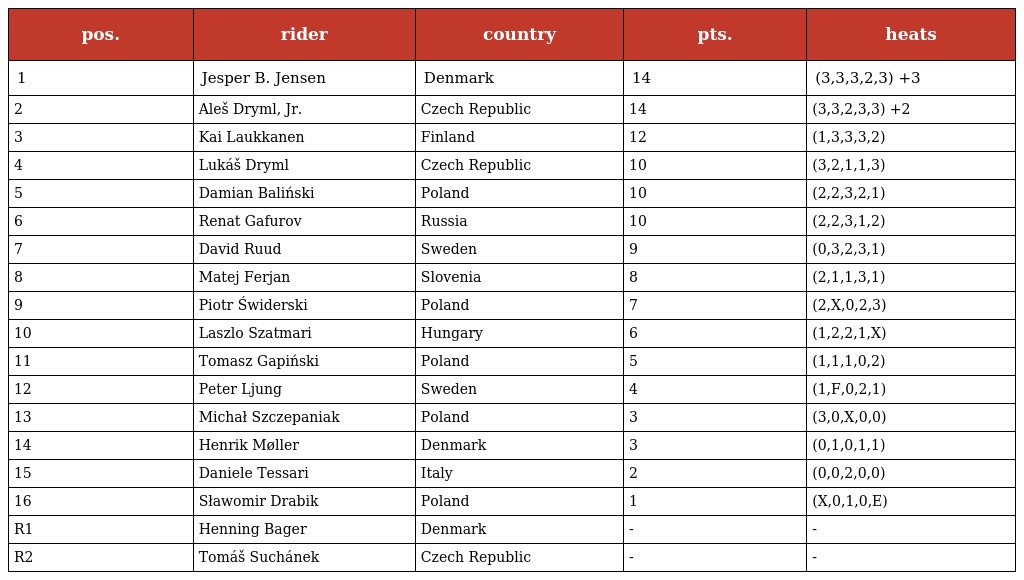
| pos. | rider | country | pts. | heats |
 | --- | --- | --- | --- | --- |
 | 1 | Jesper B. Jensen | Denmark | 14 | (3,3,3,2,3) +3 |
 | 2 | Aleš Dryml, Jr. | Czech Republic | 14 | (3,3,2,3,3) +2 |
 | 3 | Kai Laukkanen | Finland | 12 | (1,3,3,3,2) |
 | 4 | Lukáš Dryml | Czech Republic | 10 | (3,2,1,1,3) |
 | 5 | Damian Baliński | Poland | 10 | (2,2,3,2,1) |
 | 6 | Renat Gafurov | Russia | 10 | (2,2,3,1,2) |
 | 7 | David Ruud | Sweden | 9 | (0,3,2,3,1) |
 | 8 | Matej Ferjan | Slovenia | 8 | (2,1,1,3,1) |
 | 9 | Piotr Świderski | Poland | 7 | (2,X,0,2,3) |
 | 10 | Laszlo Szatmari | Hungary | 6 | (1,2,2,1,X) |
 | 11 | Tomasz Gapiński | Poland | 5 | (1,1,1,0,2) |
 | 12 | Peter Ljung | Sweden | 4 | (1,F,0,2,1) |
 | 13 | Michał Szczepaniak | Poland | 3 | (3,0,X,0,0) |
 | 14 | Henrik Møller | Denmark | 3 | (0,1,0,1,1) |
 | 15 | Daniele Tessari | Italy | 2 | (0,0,2,0,0) |
 | 16 | Sławomir Drabik | Poland | 1 | (X,0,1,0,E) |
 | R1 | Henning Bager | Denmark | - | - |
 | R2 | Tomáš Suchánek | Czech Republic | - | - |